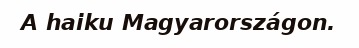
A haiku Magyarországon.